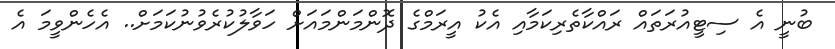
ބުނީ އެ ސިޓީއުރަތައް ރައްކާތެރިކަމާއި އެކު އީރަމްގެ ދޮންމަންމައަށް ހަވާލުކުރެވުނުކަމަށް.. އެހެންވީމަ އެ